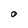
Character: O